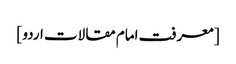
[ معرفت امام مقالات اردو ]